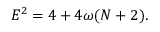
E ^ { 2 } = 4 + 4 \omega ( N + 2 ) .